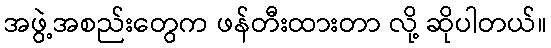
အဖွဲ့အစည်းတွေက ဖန်တီးထားတာ လို့ ဆိုပါတယ်။